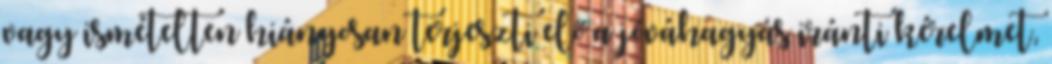
vagy ismételten hiányosan terjeszti elő a jóváhagyás iránti kérelmet,